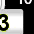
Digit: 3